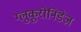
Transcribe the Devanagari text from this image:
ग्लुकूरोनिडेज़